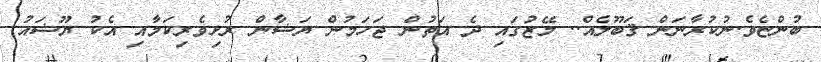
ބުންޏެވެ.ނުކުރާނަން ޤަބޫލެއް.. މޭޒުގައި ދެ އަތުން ޖަހަމުން ޔަޝާން ރުޅިވެރިކަމާއި އެކު ޔޫޝައު